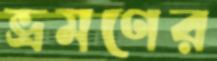
ভ্রমণের